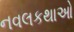
નવલકથાઓ